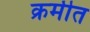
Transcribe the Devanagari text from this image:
क्रमीत